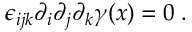
\epsilon _ { i j k } \partial _ { i } \partial _ { j } \partial _ { k } \gamma ( x ) = 0 \; .